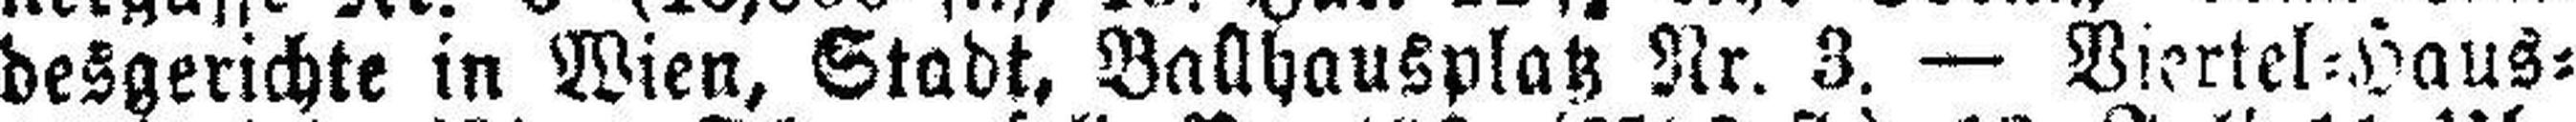
desgerichte in Wien, Stadt, Ballhausplatz Nr. 3. — Viertel=Haus¬